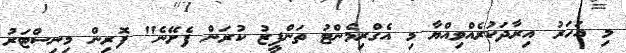
މި އަހަރު އިރާދަކުރެއްވިއްޔާ މި އެގްރިމެންޓު ތަންފީޒު ކުރަން ފެށޭނެ" ފޮރިން މިނިސްޓަރު